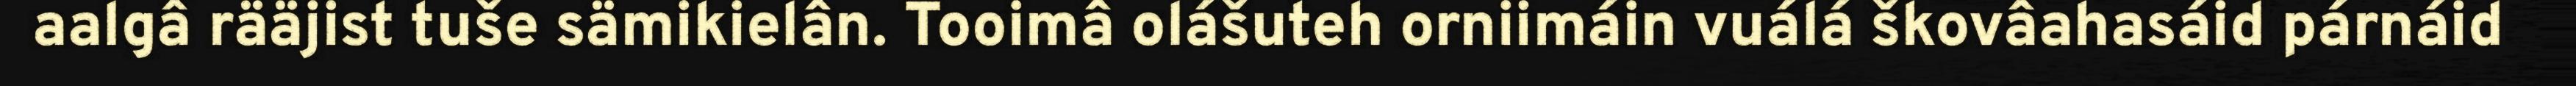
aalgâ rääjist tuše sämikielân. Tooimâ olášuteh orniimáin vuálá škovâahasáid párnáid